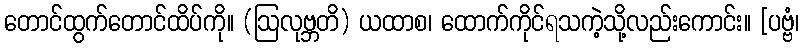
တောင်ထွက်တောင်ထိပ်ကို။ (ဩလုဗ္ဘတိ) ယထာစ၊ ထောက်ကိုင်ရသကဲ့သို့လည်းကောင်း။ [ပဗ္ဗံ၊